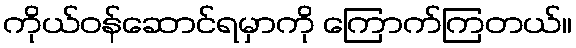
ကိုယ်ဝန်ဆောင်ရမှာကို ကြောက်ကြတယ်။